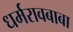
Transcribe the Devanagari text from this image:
धर्मरावबाबा